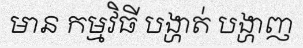
មាន កម្មវិធី បង្ហាត់ បង្ហាញ